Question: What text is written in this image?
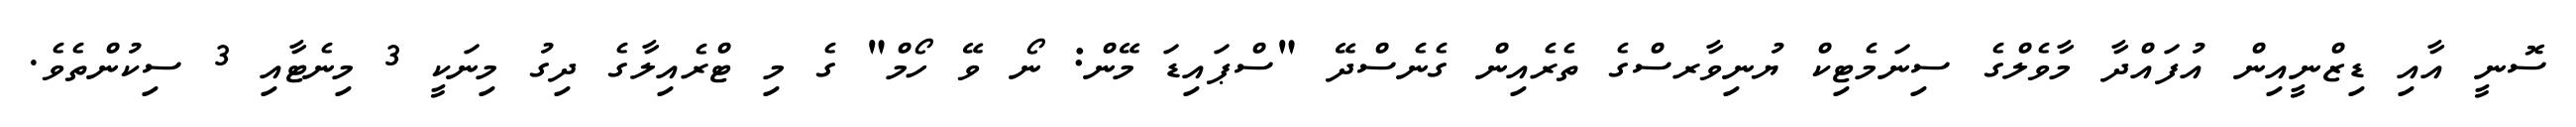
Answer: ސޮނީ އާއި ޑިޒްނީއިން އުފައްދާ މާވެލްގެ ސިނަމެޓިކް ޔުނިވާރސްގެ ތެރެއިން ގެނެސްދޭ "ސްޕައިޑަ މޭން: ނޯ ވޭ ހޯމް" ގެ މި ޓްރެއިލާގެ ދިގު މިނަކީ 3 މިނެޓާއި 3 ސިކުންތެވެ.